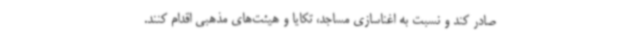
صادر کند و نسبت به اغناسازی مساجد، تکایا و هیئت‌های مذهبی اقدام کنند.